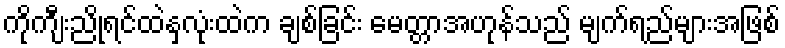
ကိုကျီးညိုရင်ထဲနှလုံးထဲက ချစ်ခြင်း မေတ္တာအဟုန်သည် မျက်ရည်များအဖြစ်